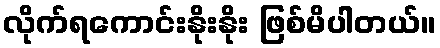
လိုက်ရကောင်းနိုးနိုး ဖြစ်မိပါတယ်။